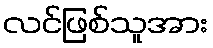
လင်ဖြစ်သူအား